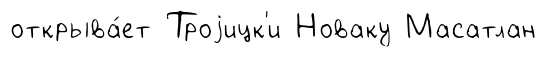
открыва́ет Троjицк'и Новаку Масатлан